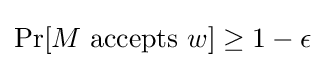
{\text{Pr}}[M{\text{ accepts }}w]\geq 1-\epsilon